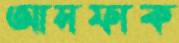
আসফাক